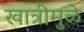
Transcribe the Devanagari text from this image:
खात्रीमुळे